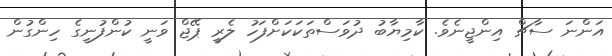
އަންނަ ސާޗް އިންޖީނެވެ. ކާމިޔާބު ދުވަސްތަކަކަށްފަހު ލެރީ ޕޭޖް ވަނީ ކުންފުނީގެ ހިންގުން